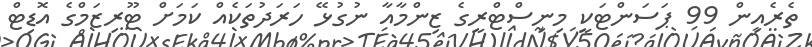
ތެރެއިން 99 ޕަސަންޓަކީ މިނިސްޓްރީގެ ޒިންމާއާ ނުގުޅޭ ހަރަދުތަކެއް ކަމަށް ޓޫރިޒަމްގެ އޮޑިޓް